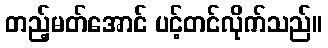
တည့်မတ်အောင် ပင့်တင်လိုက်သည်။